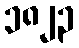
၁၈၂၃